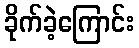
ခိုက်ခဲ့ကြောင်း